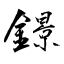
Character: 鐛